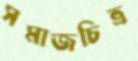
সমাজচিত্র